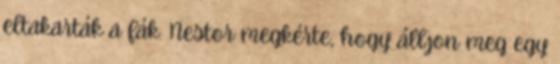
eltakarták a fák. Nestor megkérte, hogy álljon meg egy